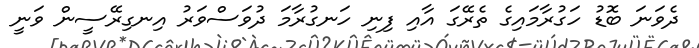
ދެވަނަ ބޮޑު ހަގުރާމައިގެ ތެރޭގަ އާއި ފިނި ހަނގުރާމަ ދުވަސްވަރު އިނގިރޭސީން ވަނީ